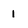
Character: 1